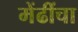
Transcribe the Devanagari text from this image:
मेंढींचा